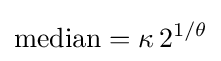
{\mbox{median}}=\kappa \,2^{1/\theta }